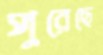
পুরেছে